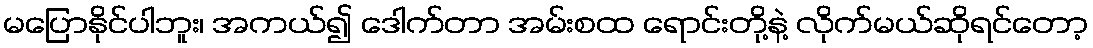
မပြောနိုင်ပါဘူး၊ အကယ်၍ ဒေါက်တာ အမ်းစထ ရောင်းတို့နဲ့ လိုက်မယ်ဆိုရင်တော့